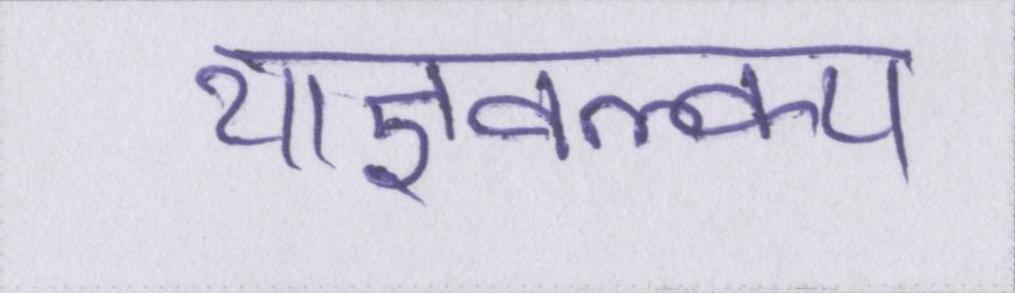
याज्ञवल्क्य